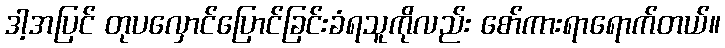
ဒါ့အပြင် တုပလှောင်ပြောင်ခြင်းခံရသူကိုလည်း စော်ကားရာရောက်တယ်။